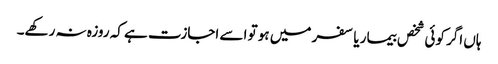
ہاں اگر کوئی شخص بیمار یا سفر میں ہو تو اسے اجازت ہے کہ روزہ نہ رکھے۔